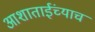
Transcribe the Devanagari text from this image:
आशाताईंच्याच